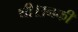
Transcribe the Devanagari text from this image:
थी।उनकीं